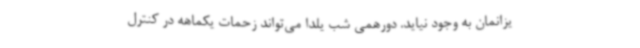
یزانمان به وجود نیاید. دورهمی شب یلدا می‌تواند زحمات یکماهه در کنترل